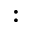
: